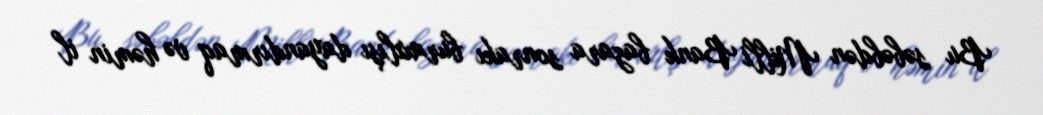
Bu səbəbdən Milli Bank bazara sonrakı buraxılışı dayandırmaq və həmin il